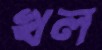
খল